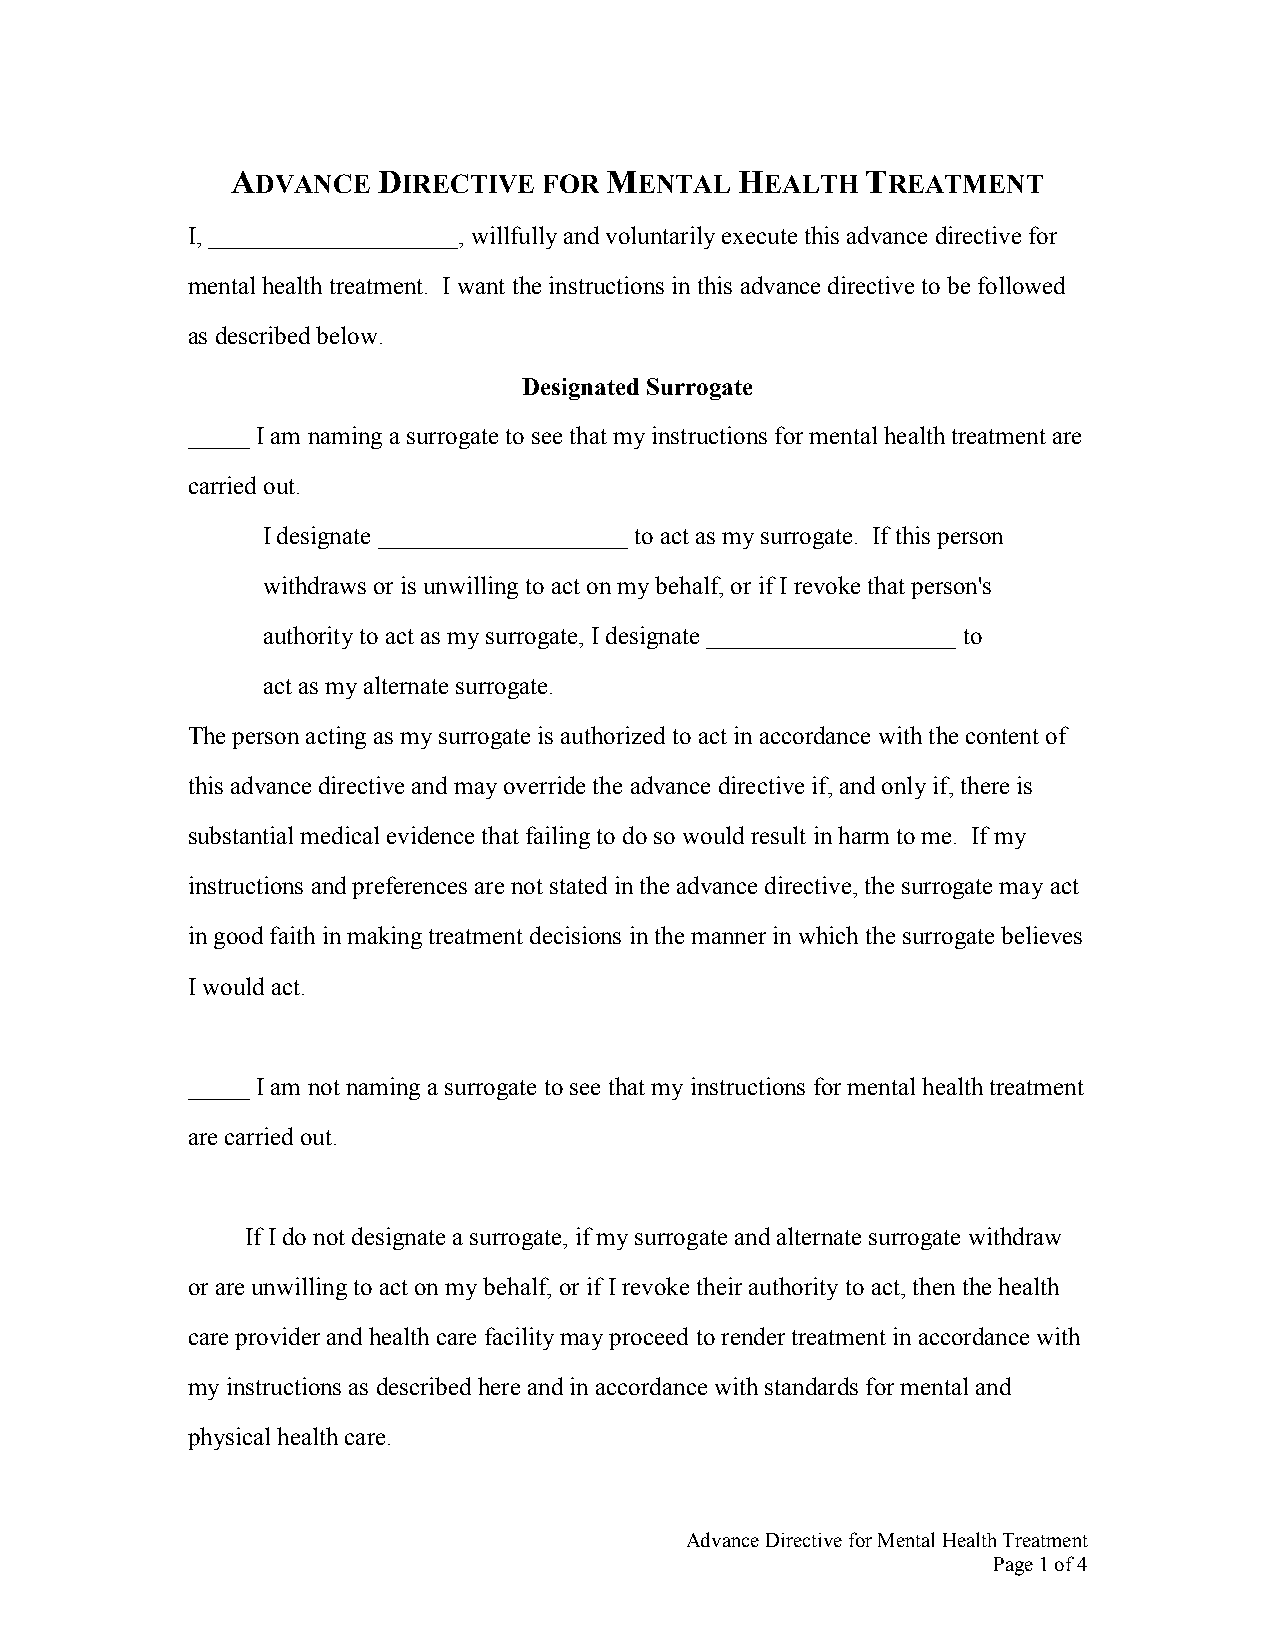
ADVANCE   DIRECTIVE  FOR MENTAL   HEALTH  TREATMENT
 I, ____________________, willfully and voluntarily execute this advance directive for
 mental health treatment. I want the instructions in this advance directive to be followed
 as described below.
 Designated Surrogate
 _____ I am naming a surrogate to see that my instructions for mental health treatment are
 carried out.
 I designate ____________________ to act as my surrogate. If this person
 withdraws or is unwilling to act on my behalf, or if I revoke that person's
 authority to act as my surrogate, I designate ____________________ to
 act as my alternate surrogate.
 The person acting as my surrogate is authorized to act in accordance with the content of
 this advance directive and may override the advance directive if, and only if, there is
 substantial medical evidence that failing to do so would result in harm to me. If my
 instructions and preferences are not stated in the advance directive, the surrogate may act
 in good faith in making treatment decisions in the manner in which the surrogate believes
 I would act.
 _____ I am not naming a surrogate to see that my instructions for mental health treatment
 are carried out.
 If I do not designate a surrogate, if my surrogate and alternate surrogate withdraw
 or are unwilling to act on my behalf, or if I revoke their authority to act, then the health
 care provider and health care facility may proceed to render treatment in accordance with
 my instructions as described here and in accordance with standards for mental and
 physical health care.
 Advance Directive for Mental Health Treatment
 Page 1 of 4